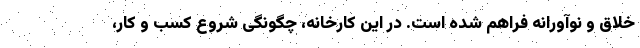
خلاق و نوآورانه فراهم شده است. در این کارخانه، چگونگی شروع کسب و کار،